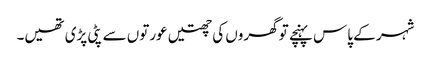
شہر کے پاس پہنچے تو گھروں کی چھتیں عورتوں سے پٹی پڑی تھیں۔